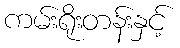
ကမ်းရိုးတန်းနှင့်